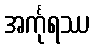
အင်္ကုရဿ